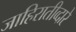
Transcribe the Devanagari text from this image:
जाहिरातीव्दारे